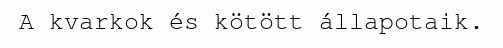
A kvarkok és kötött állapotaik.